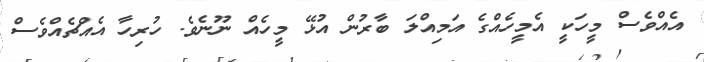
އެއްވެސް މީހަކީ އެމީހެއްގެ އަމިއްލަ ބާރުން އުޅޭ މީހެއް ނޫނެވެ. ހުރިހާ އެއްޗެއްވެސް